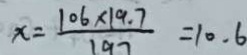
x = \frac { 1 0 6 \times 1 9 . 7 } { 1 9 7 } = 1 0 . 6